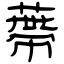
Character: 蔕